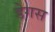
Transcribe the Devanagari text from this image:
डेगस